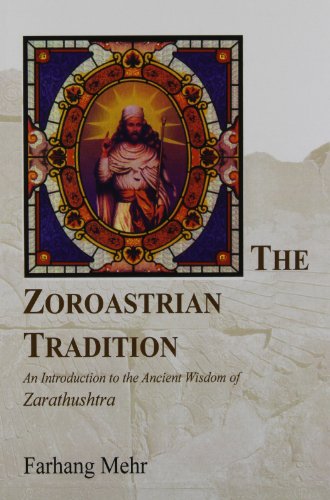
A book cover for The Zoroastrian Tradition: An Introduction to the Ancient Wisdom of Zarathushtra (vols 1 and 2); Farhang Mehr; Religion & Spirituality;